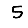
Digit: 5